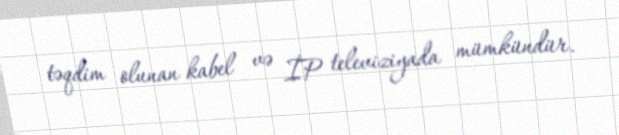
təqdim olunan kabel və İP televiziyada mümkündür.